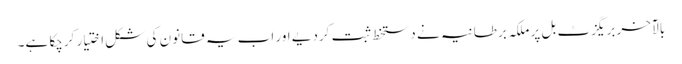
بالآخر بریگزٹ بل پر ملکہ برطانیہ نے دستخط ثبت کردیے اور اب یہ قانون کی شکل اختیار کرچکا ہے۔